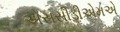
એસસીડીએમએ